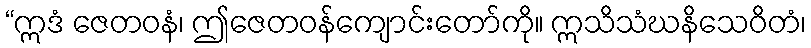
“ဣဒံ ဇေတဝနံ၊ ဤဇေတဝန်ကျောင်းတော်ကို။ ဣသိသံဃနိသေဝိတံ၊